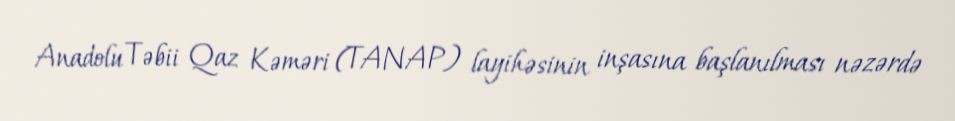
Anadolu Təbii Qaz Kəməri (TANAP) layihəsinin inşasına başlanılması nəzərdə